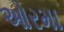
ઓરમા